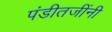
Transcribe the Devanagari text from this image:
पंडीतजींनी